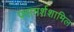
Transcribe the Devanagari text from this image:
परामर्शशामिल